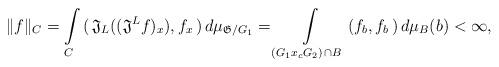
LaTeX: \begin{align*}\| f \|_C = \int \limits_{C} \, (\, \mathfrak{J}_L ((\mathfrak{J}^L f)_x ), f_x \,) \, d\mu_{\mathfrak{G}/G_1}= \int \limits_{(G_1 x_c G_2 ) \, \cap B} \, (f_b , f_b \,) \, d\mu_{B}(b) < \infty,\end{align*}